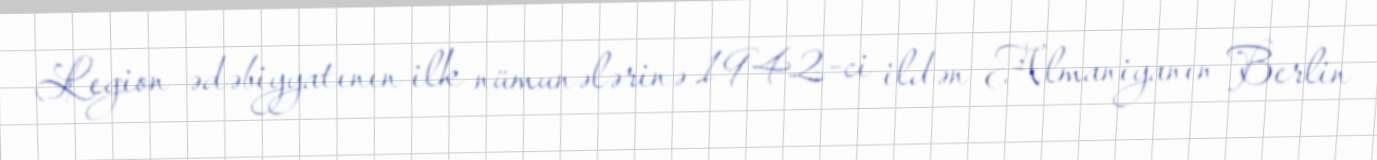
Legion ədəbiyyatının ilk nümunələrinə 1942-ci ildən Almaniyanın Berlin